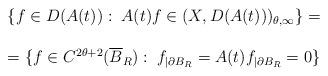
LaTeX: \begin{align*}\begin{array}{l}\{ f\in D(A(t)):\; A(t)f\in (X, D(A(t)))_{\theta, \infty}\} =\\\\= \{ f\in C^{2\theta + 2}(\overline{B}_R):\; f_{|\partial B_R}=A(t)f_{|\partial B_R} =0\}\end{array}\end{align*}